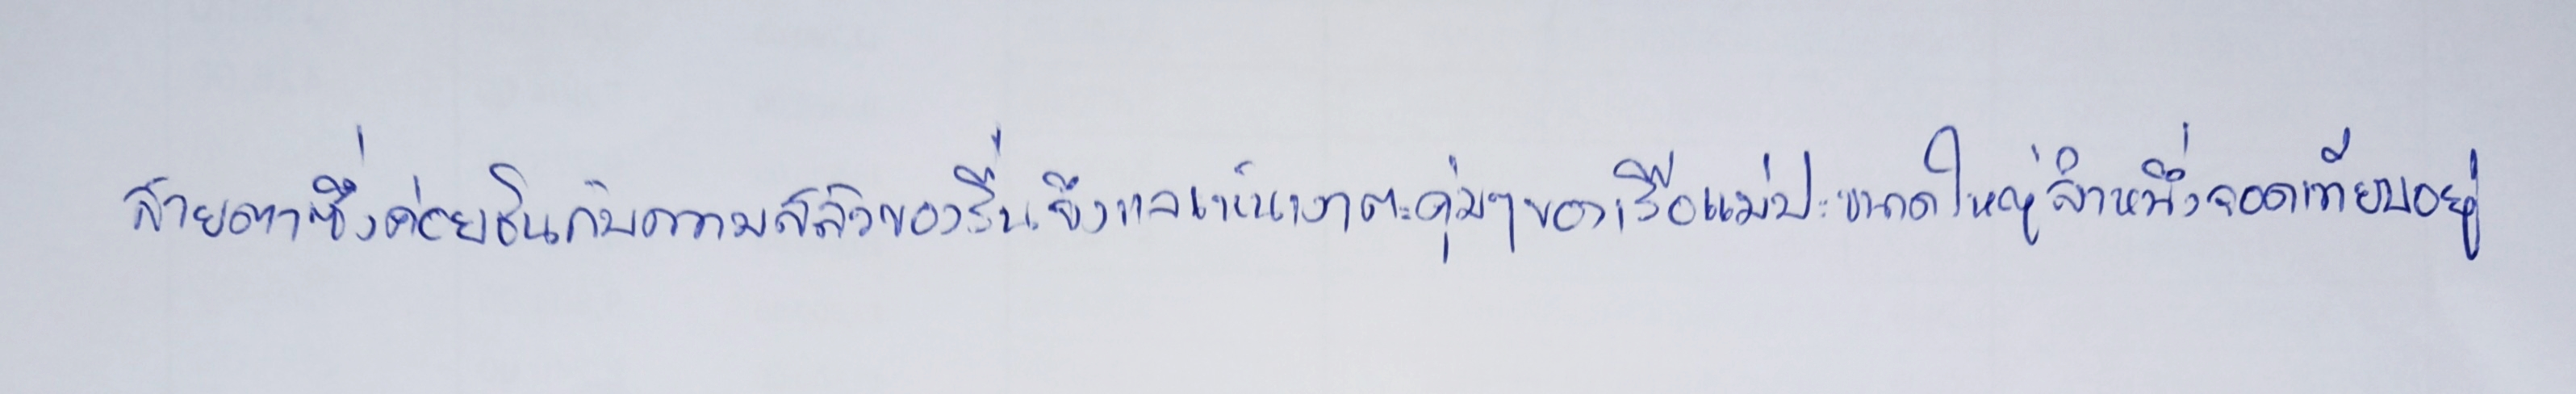
สายตาซึ่งค่อยชินกับความสลัวของรื่นจึงแลเห็นเงาตะคุ่มๆของเรือแม่ปะขนาดใหญ่ลำหนึ่งจอดเทียบอยู่